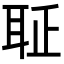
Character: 𦕖